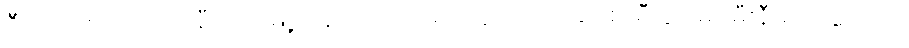
ဦးအားဖာဟာ တာချီလိတ်မြို့၊ ဝိန်းကျောက်ရပ်ကွက်၊ အာခါစျေးမီးပွိုင့်မှာ မီးနီမိတာကြောင့်